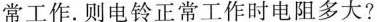
常工作.则电铃正常工作时电阻多大?